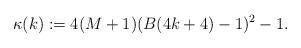
LaTeX: \begin{align*}\kappa(k):=4(M+1)(B(4k+4)-1)^2-1.\end{align*}